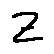
z